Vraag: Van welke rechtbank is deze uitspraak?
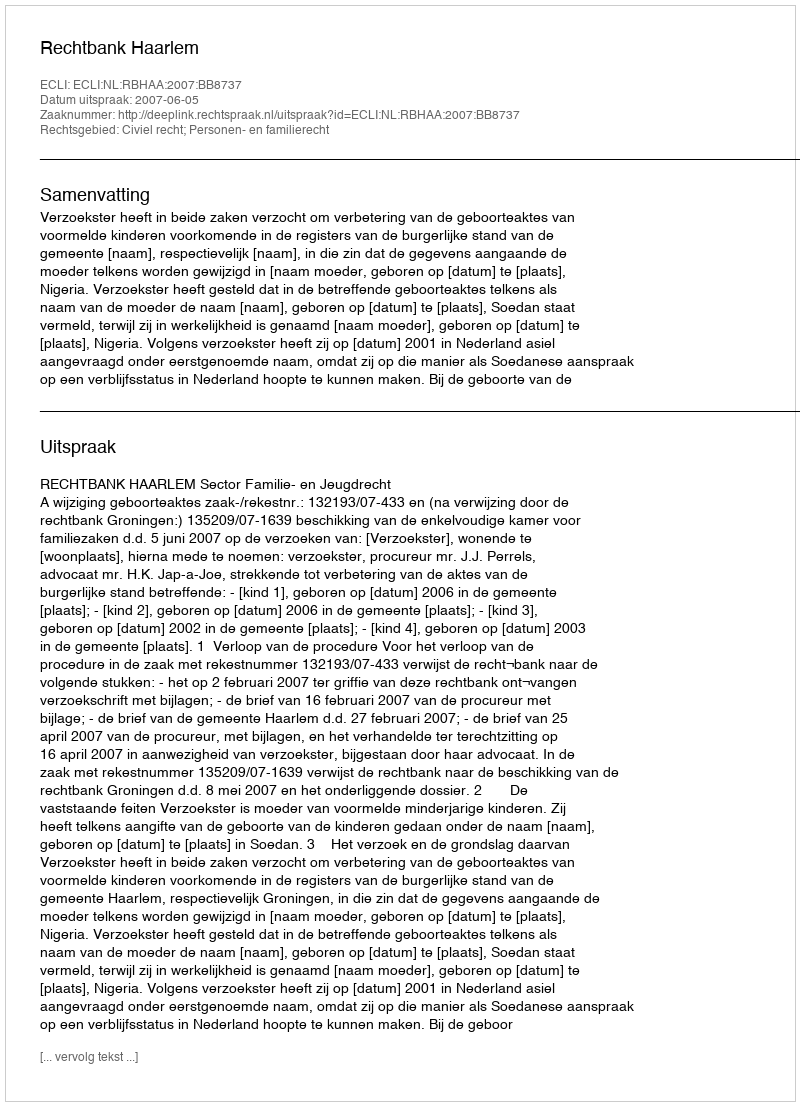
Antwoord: Rechtbank Haarlem